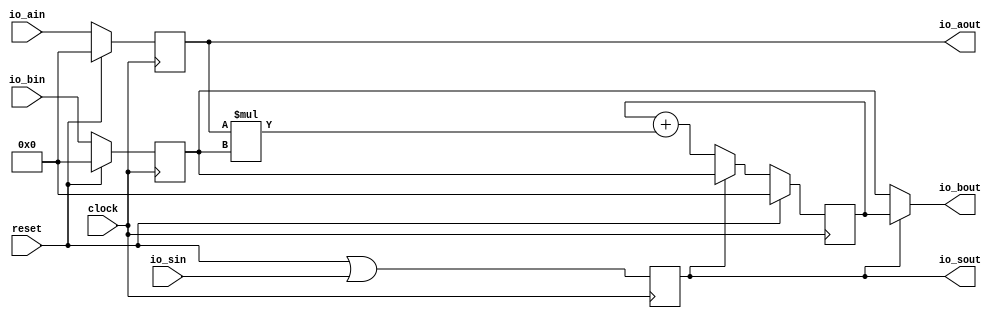
module SystolicArrayCore(
  input         clock,
  input         reset,
  input  [31:0] io_ain,
  input  [31:0] io_bin,
  input         io_sin,
  output        io_sout,
  output [31:0] io_aout,
  output [31:0] io_bout
);
`ifdef RANDOMIZE_REG_INIT
  reg [31:0] _RAND_0;
  reg [31:0] _RAND_1;
  reg [31:0] _RAND_2;
  reg [31:0] _RAND_3;
`endif // RANDOMIZE_REG_INIT
  reg [31:0] regA; // @[systolic_array_core.scala 14:27]
  reg [31:0] regB; // @[systolic_array_core.scala 15:27]
  reg [31:0] regC; // @[systolic_array_core.scala 16:27]
  reg  regS; // @[systolic_array_core.scala 17:27]
  wire [63:0] _T = $signed(regA) * $signed(regB); // @[systolic_array_core.scala 24:30]
  wire [31:0] nodeAfterMul = _T[31:0]; // @[systolic_array_core.scala 23:32 systolic_array_core.scala 24:22]
  wire [31:0] nodeAfterPlus = $signed(regC) + $signed(nodeAfterMul); // @[systolic_array_core.scala 26:31]
  assign io_sout = regS; // @[systolic_array_core.scala 22:17]
  assign io_aout = regA; // @[systolic_array_core.scala 21:17]
  assign io_bout = regS ? $signed(regC) : $signed(regB); // @[systolic_array_core.scala 28:17]
`ifdef RANDOMIZE_GARBAGE_ASSIGN
`define RANDOMIZE
`endif
`ifdef RANDOMIZE_INVALID_ASSIGN
`define RANDOMIZE
`endif
`ifdef RANDOMIZE_REG_INIT
`define RANDOMIZE
`endif
`ifdef RANDOMIZE_MEM_INIT
`define RANDOMIZE
`endif
`ifndef RANDOM
`define RANDOM $random
`endif
`ifdef RANDOMIZE_MEM_INIT
  integer initvar;
`endif
`ifndef SYNTHESIS
`ifdef FIRRTL_BEFORE_INITIAL
`FIRRTL_BEFORE_INITIAL
`endif
initial begin
  `ifdef RANDOMIZE
    `ifdef INIT_RANDOM
      `INIT_RANDOM
    `endif
    `ifndef VERILATOR
      `ifdef RANDOMIZE_DELAY
        #`RANDOMIZE_DELAY begin end
      `else
        #0.002 begin end
      `endif
    `endif
`ifdef RANDOMIZE_REG_INIT
  _RAND_0 = {1{`RANDOM}};
  regA = _RAND_0[31:0];
  _RAND_1 = {1{`RANDOM}};
  regB = _RAND_1[31:0];
  _RAND_2 = {1{`RANDOM}};
  regC = _RAND_2[31:0];
  _RAND_3 = {1{`RANDOM}};
  regS = _RAND_3[0:0];
`endif // RANDOMIZE_REG_INIT
  `endif // RANDOMIZE
end // initial
`ifdef FIRRTL_AFTER_INITIAL
`FIRRTL_AFTER_INITIAL
`endif
`endif // SYNTHESIS
  always @(posedge clock) begin
    if (reset) begin
      regA <= 32'sh0;
    end else begin
      regA <= io_ain;
    end
    if (reset) begin
      regB <= 32'sh0;
    end else begin
      regB <= io_bin;
    end
    if (reset) begin
      regC <= 32'sh0;
    end else if (regS) begin
      regC <= regB;
    end else begin
      regC <= nodeAfterPlus;
    end
    regS <= reset | io_sin;
  end
endmodule
module SystolicArray(
  input         clock,
  input         reset,
  input  [31:0] io_ain_0,
  input  [31:0] io_ain_1,
  input  [31:0] io_bin_0,
  input  [31:0] io_bin_1,
  input  [31:0] io_bin_2,
  input         io_sin,
  output [31:0] io_cout_0,
  output [31:0] io_cout_1,
  output [31:0] io_cout_2
);
  wire  SystolicArrayCore_clock; // @[systolic_array.scala 12:51]
  wire  SystolicArrayCore_reset; // @[systolic_array.scala 12:51]
  wire [31:0] SystolicArrayCore_io_ain; // @[systolic_array.scala 12:51]
  wire [31:0] SystolicArrayCore_io_bin; // @[systolic_array.scala 12:51]
  wire  SystolicArrayCore_io_sin; // @[systolic_array.scala 12:51]
  wire  SystolicArrayCore_io_sout; // @[systolic_array.scala 12:51]
  wire [31:0] SystolicArrayCore_io_aout; // @[systolic_array.scala 12:51]
  wire [31:0] SystolicArrayCore_io_bout; // @[systolic_array.scala 12:51]
  wire  SystolicArrayCore_1_clock; // @[systolic_array.scala 12:51]
  wire  SystolicArrayCore_1_reset; // @[systolic_array.scala 12:51]
  wire [31:0] SystolicArrayCore_1_io_ain; // @[systolic_array.scala 12:51]
  wire [31:0] SystolicArrayCore_1_io_bin; // @[systolic_array.scala 12:51]
  wire  SystolicArrayCore_1_io_sin; // @[systolic_array.scala 12:51]
  wire  SystolicArrayCore_1_io_sout; // @[systolic_array.scala 12:51]
  wire [31:0] SystolicArrayCore_1_io_aout; // @[systolic_array.scala 12:51]
  wire [31:0] SystolicArrayCore_1_io_bout; // @[systolic_array.scala 12:51]
  wire  SystolicArrayCore_2_clock; // @[systolic_array.scala 12:51]
  wire  SystolicArrayCore_2_reset; // @[systolic_array.scala 12:51]
  wire [31:0] SystolicArrayCore_2_io_ain; // @[systolic_array.scala 12:51]
  wire [31:0] SystolicArrayCore_2_io_bin; // @[systolic_array.scala 12:51]
  wire  SystolicArrayCore_2_io_sin; // @[systolic_array.scala 12:51]
  wire  SystolicArrayCore_2_io_sout; // @[systolic_array.scala 12:51]
  wire [31:0] SystolicArrayCore_2_io_aout; // @[systolic_array.scala 12:51]
  wire [31:0] SystolicArrayCore_2_io_bout; // @[systolic_array.scala 12:51]
  wire  SystolicArrayCore_3_clock; // @[systolic_array.scala 12:51]
  wire  SystolicArrayCore_3_reset; // @[systolic_array.scala 12:51]
  wire [31:0] SystolicArrayCore_3_io_ain; // @[systolic_array.scala 12:51]
  wire [31:0] SystolicArrayCore_3_io_bin; // @[systolic_array.scala 12:51]
  wire  SystolicArrayCore_3_io_sin; // @[systolic_array.scala 12:51]
  wire  SystolicArrayCore_3_io_sout; // @[systolic_array.scala 12:51]
  wire [31:0] SystolicArrayCore_3_io_aout; // @[systolic_array.scala 12:51]
  wire [31:0] SystolicArrayCore_3_io_bout; // @[systolic_array.scala 12:51]
  wire  SystolicArrayCore_4_clock; // @[systolic_array.scala 12:51]
  wire  SystolicArrayCore_4_reset; // @[systolic_array.scala 12:51]
  wire [31:0] SystolicArrayCore_4_io_ain; // @[systolic_array.scala 12:51]
  wire [31:0] SystolicArrayCore_4_io_bin; // @[systolic_array.scala 12:51]
  wire  SystolicArrayCore_4_io_sin; // @[systolic_array.scala 12:51]
  wire  SystolicArrayCore_4_io_sout; // @[systolic_array.scala 12:51]
  wire [31:0] SystolicArrayCore_4_io_aout; // @[systolic_array.scala 12:51]
  wire [31:0] SystolicArrayCore_4_io_bout; // @[systolic_array.scala 12:51]
  wire  SystolicArrayCore_5_clock; // @[systolic_array.scala 12:51]
  wire  SystolicArrayCore_5_reset; // @[systolic_array.scala 12:51]
  wire [31:0] SystolicArrayCore_5_io_ain; // @[systolic_array.scala 12:51]
  wire [31:0] SystolicArrayCore_5_io_bin; // @[systolic_array.scala 12:51]
  wire  SystolicArrayCore_5_io_sin; // @[systolic_array.scala 12:51]
  wire  SystolicArrayCore_5_io_sout; // @[systolic_array.scala 12:51]
  wire [31:0] SystolicArrayCore_5_io_aout; // @[systolic_array.scala 12:51]
  wire [31:0] SystolicArrayCore_5_io_bout; // @[systolic_array.scala 12:51]
  SystolicArrayCore SystolicArrayCore ( // @[systolic_array.scala 12:51]
    .clock(SystolicArrayCore_clock),
    .reset(SystolicArrayCore_reset),
    .io_ain(SystolicArrayCore_io_ain),
    .io_bin(SystolicArrayCore_io_bin),
    .io_sin(SystolicArrayCore_io_sin),
    .io_sout(SystolicArrayCore_io_sout),
    .io_aout(SystolicArrayCore_io_aout),
    .io_bout(SystolicArrayCore_io_bout)
  );
  SystolicArrayCore SystolicArrayCore_1 ( // @[systolic_array.scala 12:51]
    .clock(SystolicArrayCore_1_clock),
    .reset(SystolicArrayCore_1_reset),
    .io_ain(SystolicArrayCore_1_io_ain),
    .io_bin(SystolicArrayCore_1_io_bin),
    .io_sin(SystolicArrayCore_1_io_sin),
    .io_sout(SystolicArrayCore_1_io_sout),
    .io_aout(SystolicArrayCore_1_io_aout),
    .io_bout(SystolicArrayCore_1_io_bout)
  );
  SystolicArrayCore SystolicArrayCore_2 ( // @[systolic_array.scala 12:51]
    .clock(SystolicArrayCore_2_clock),
    .reset(SystolicArrayCore_2_reset),
    .io_ain(SystolicArrayCore_2_io_ain),
    .io_bin(SystolicArrayCore_2_io_bin),
    .io_sin(SystolicArrayCore_2_io_sin),
    .io_sout(SystolicArrayCore_2_io_sout),
    .io_aout(SystolicArrayCore_2_io_aout),
    .io_bout(SystolicArrayCore_2_io_bout)
  );
  SystolicArrayCore SystolicArrayCore_3 ( // @[systolic_array.scala 12:51]
    .clock(SystolicArrayCore_3_clock),
    .reset(SystolicArrayCore_3_reset),
    .io_ain(SystolicArrayCore_3_io_ain),
    .io_bin(SystolicArrayCore_3_io_bin),
    .io_sin(SystolicArrayCore_3_io_sin),
    .io_sout(SystolicArrayCore_3_io_sout),
    .io_aout(SystolicArrayCore_3_io_aout),
    .io_bout(SystolicArrayCore_3_io_bout)
  );
  SystolicArrayCore SystolicArrayCore_4 ( // @[systolic_array.scala 12:51]
    .clock(SystolicArrayCore_4_clock),
    .reset(SystolicArrayCore_4_reset),
    .io_ain(SystolicArrayCore_4_io_ain),
    .io_bin(SystolicArrayCore_4_io_bin),
    .io_sin(SystolicArrayCore_4_io_sin),
    .io_sout(SystolicArrayCore_4_io_sout),
    .io_aout(SystolicArrayCore_4_io_aout),
    .io_bout(SystolicArrayCore_4_io_bout)
  );
  SystolicArrayCore SystolicArrayCore_5 ( // @[systolic_array.scala 12:51]
    .clock(SystolicArrayCore_5_clock),
    .reset(SystolicArrayCore_5_reset),
    .io_ain(SystolicArrayCore_5_io_ain),
    .io_bin(SystolicArrayCore_5_io_bin),
    .io_sin(SystolicArrayCore_5_io_sin),
    .io_sout(SystolicArrayCore_5_io_sout),
    .io_aout(SystolicArrayCore_5_io_aout),
    .io_bout(SystolicArrayCore_5_io_bout)
  );
  assign io_cout_0 = SystolicArrayCore_3_io_bout; // @[systolic_array.scala 19:50]
  assign io_cout_1 = SystolicArrayCore_4_io_bout; // @[systolic_array.scala 19:50]
  assign io_cout_2 = SystolicArrayCore_5_io_bout; // @[systolic_array.scala 19:50]
  assign SystolicArrayCore_clock = clock;
  assign SystolicArrayCore_reset = reset;
  assign SystolicArrayCore_io_ain = io_ain_0; // @[systolic_array.scala 12:28]
  assign SystolicArrayCore_io_bin = io_bin_0; // @[systolic_array.scala 12:28]
  assign SystolicArrayCore_io_sin = io_sin; // @[systolic_array.scala 12:28]
  assign SystolicArrayCore_1_clock = clock;
  assign SystolicArrayCore_1_reset = reset;
  assign SystolicArrayCore_1_io_ain = SystolicArrayCore_io_aout; // @[systolic_array.scala 12:28]
  assign SystolicArrayCore_1_io_bin = io_bin_1; // @[systolic_array.scala 12:28]
  assign SystolicArrayCore_1_io_sin = SystolicArrayCore_io_sout; // @[systolic_array.scala 12:28]
  assign SystolicArrayCore_2_clock = clock;
  assign SystolicArrayCore_2_reset = reset;
  assign SystolicArrayCore_2_io_ain = SystolicArrayCore_1_io_aout; // @[systolic_array.scala 12:28]
  assign SystolicArrayCore_2_io_bin = io_bin_2; // @[systolic_array.scala 12:28]
  assign SystolicArrayCore_2_io_sin = SystolicArrayCore_1_io_sout; // @[systolic_array.scala 12:28]
  assign SystolicArrayCore_3_clock = clock;
  assign SystolicArrayCore_3_reset = reset;
  assign SystolicArrayCore_3_io_ain = io_ain_1; // @[systolic_array.scala 12:28]
  assign SystolicArrayCore_3_io_bin = SystolicArrayCore_io_bout; // @[systolic_array.scala 12:28]
  assign SystolicArrayCore_3_io_sin = SystolicArrayCore_io_sout; // @[systolic_array.scala 12:28]
  assign SystolicArrayCore_4_clock = clock;
  assign SystolicArrayCore_4_reset = reset;
  assign SystolicArrayCore_4_io_ain = SystolicArrayCore_3_io_aout; // @[systolic_array.scala 12:28]
  assign SystolicArrayCore_4_io_bin = SystolicArrayCore_1_io_bout; // @[systolic_array.scala 12:28]
  assign SystolicArrayCore_4_io_sin = SystolicArrayCore_1_io_sout; // @[systolic_array.scala 12:28]
  assign SystolicArrayCore_5_clock = clock;
  assign SystolicArrayCore_5_reset = reset;
  assign SystolicArrayCore_5_io_ain = SystolicArrayCore_4_io_aout; // @[systolic_array.scala 12:28]
  assign SystolicArrayCore_5_io_bin = SystolicArrayCore_2_io_bout; // @[systolic_array.scala 12:28]
  assign SystolicArrayCore_5_io_sin = SystolicArrayCore_2_io_sout; // @[systolic_array.scala 12:28]
endmodule